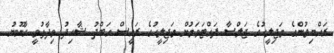
ރައްޔިތުންގެ މަޖިލީހުގެ ޖަލްސާ ފައްޓަވަމުން މަޖިލީހުގެ ރައީސް އަބްދު ޝާހިދު ވިދާޅުވީ ގާނޫނު